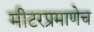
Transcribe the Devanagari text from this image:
मीटरप्रमाणेच